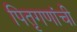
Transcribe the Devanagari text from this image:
पितृगणांची